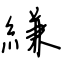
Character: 縑